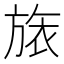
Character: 𣄆